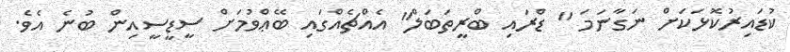
ކުޑައިރުކޮޅަކަށް ނަގާނަމަ " ޑްރައި ބްރީތަބަލް" އެއްޗެއްގައި ބޭޢްވުމަށް ސީޑީސީއިން ބުނެ އެވެ.